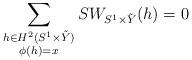
LaTeX: \begin{align*}\sum_{\substack{h \in H^2(S^1 \times \tilde{Y}) \\ \phi (h) = x} } SW_{S^1 \times \tilde{Y}} (h) = 0\end{align*}